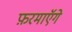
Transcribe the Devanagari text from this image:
फ़रमाएॅगे